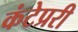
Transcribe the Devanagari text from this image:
कंटेप्ररी